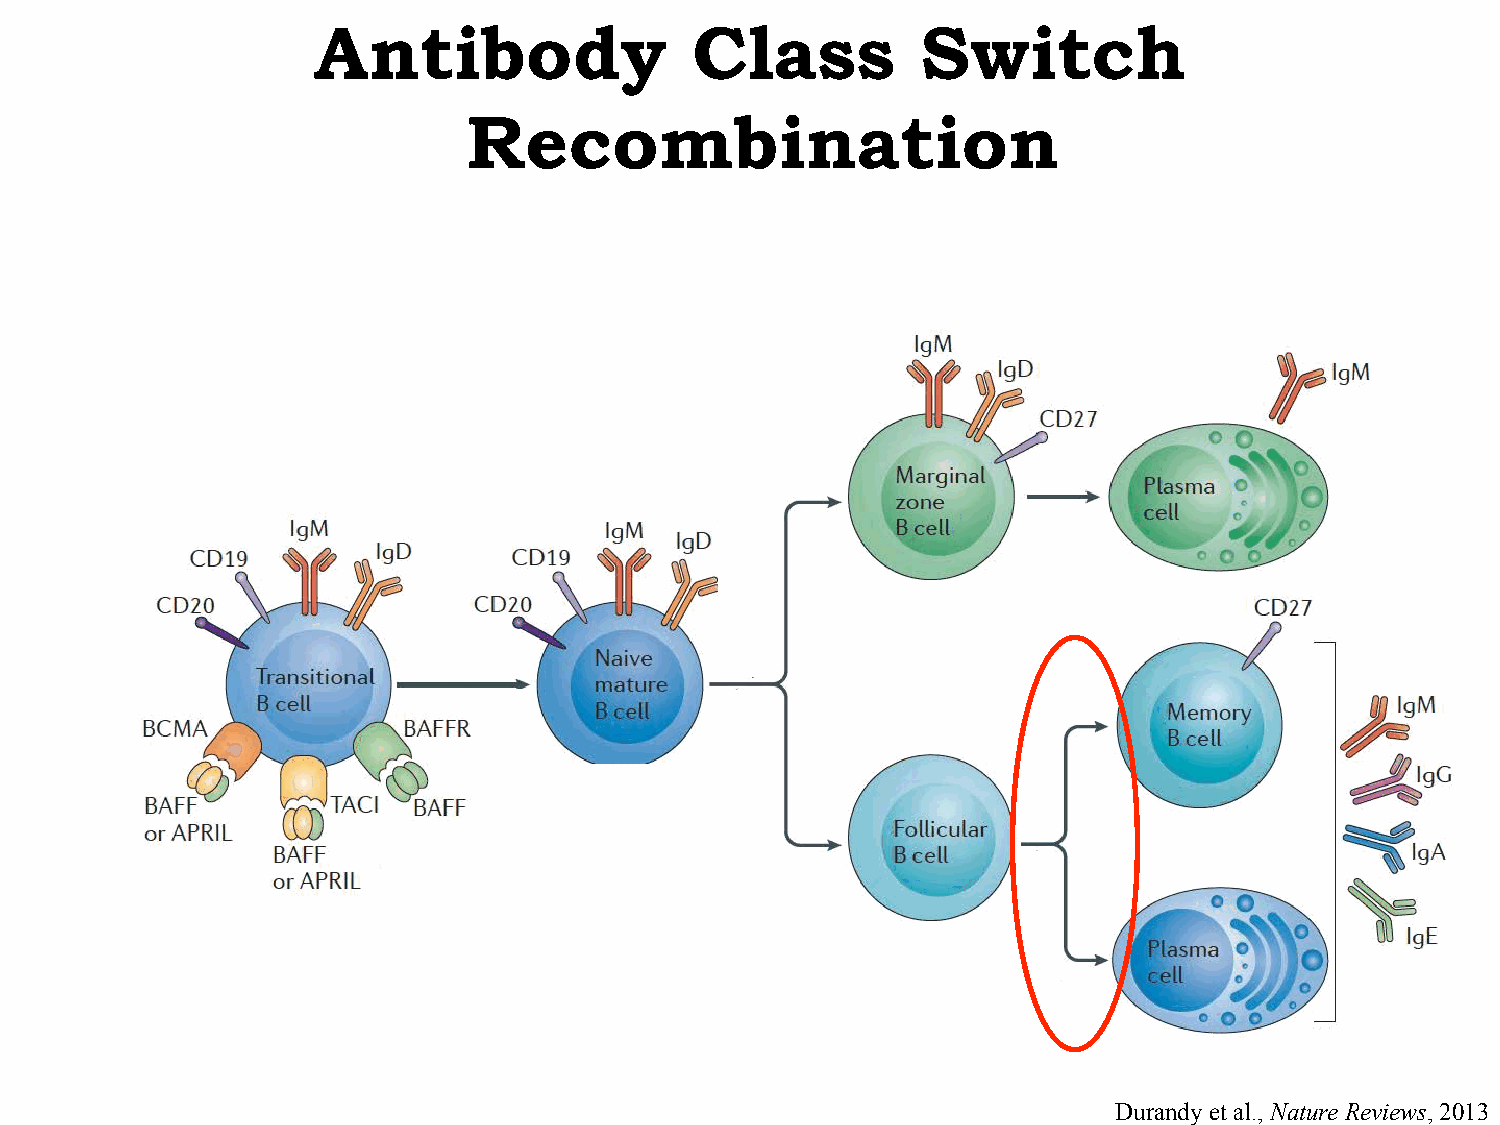
Antibody                 Class          Switch
 Recombination
 Durandy et al., Nature Reviews, 2013